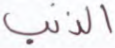
الذنب